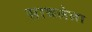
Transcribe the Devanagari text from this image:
साचलेला